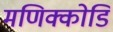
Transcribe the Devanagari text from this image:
मणिक्कोडि